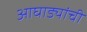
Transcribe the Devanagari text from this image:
आघाड्यांची